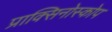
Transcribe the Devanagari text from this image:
प्राक्सिनोस्कोप